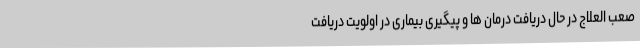
صعب العلاج در حال دریافت درمان ها و پیگیری بیماری در اولویت دریافت